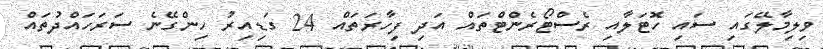
ވިލިމާލޭގައި ސައި ހޮޓަލާއި ރެސްޓޯރެންޓްތައް އަދި ފިހާރަތައް 24 ގަޑިއިރު ހިންގޭނެ ސަރަހައްދުތައް